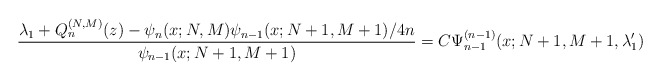
\begin{gather*} \frac{\lambda _{1}+Q_{n}^{(N,M) }(z) -\psi _{n}(x;N,M) \psi _{n-1}(x;N+1,M+1) /4n}{\psi _{n-1}(x;N+1,M+1) } =C\Psi _{n-1}^{(n-1)}(x;N+1,M+1,\lambda _{1}^{\prime })\end{gather*}